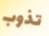
تذوب